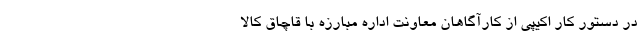
در دستور کار اکیپی از کارآگاهان معاونت اداره مبارزه با قاچاق کالا